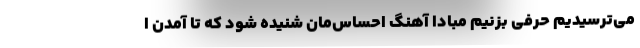
می‌ترسیدیم حرفی بزنیم مبادا آهنگ احساس‌مان شنیده شود که تا آمدن ا